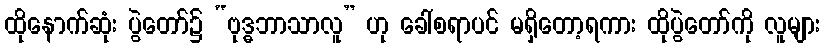
ထိုနောက်ဆုံး ပွဲတော်၌ “ဗုဒ္ဓဘာသာလူ” ဟု ခေါ်စရာပင် မရှိတော့ရကား ထိုပွဲတော်ကို လူများ